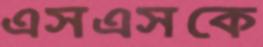
এসএসকে